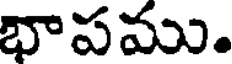
భాపము.